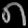
Digit: ၈